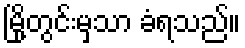
မြို့တွင်းမှသာ ခံရသည်။